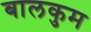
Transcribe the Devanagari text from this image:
बालकुम